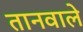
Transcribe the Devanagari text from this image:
तानवाले